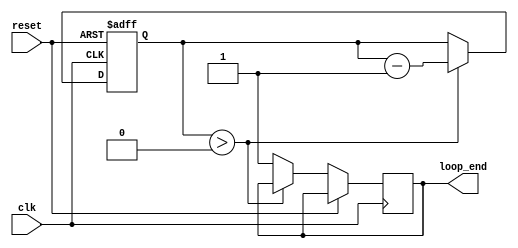
module decremental_for_loop (
    input wire clk,
    input wire reset,
    output wire loop_end
);

reg [7:0] counter;
parameter INIT_VALUE = 10;
parameter END_VALUE = 0;
parameter DECREMENT = 1;

always @(posedge clk or posedge reset) begin
    if (reset) begin
        counter <= INIT_VALUE;
    end else begin
        if (counter > END_VALUE) begin
            counter <= counter - DECREMENT;
        end else begin
            loop_end <= 1;
        end
    end
end

// Execute a set of statements inside the loop
// Add your statements here

endmodule